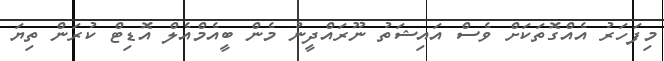
މިފަހަރު އެއްގޮތަކަށް ވެސް އައިޝަތު ނޫރައްދީނު މެން ބީއެމްއެލް އޮޑިޓް ކުރަން ތިޔަ